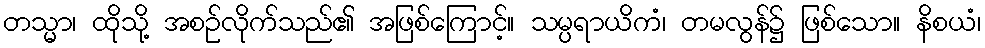
တသ္မာ၊ ထိုသို့ အစဉ်လိုက်သည်၏ အဖြစ်ကြောင့်။ သမ္ပရာယိကံ၊ တမလွန်၌ ဖြစ်သော။ နိစယံ၊